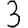
Digit: 3